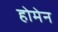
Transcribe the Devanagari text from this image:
होमेन